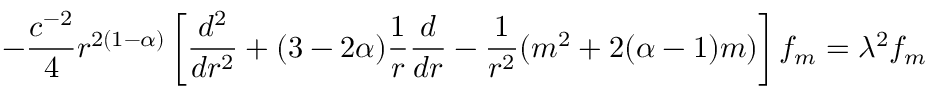
- \frac { c ^ { - 2 } } { 4 } r ^ { 2 ( 1 - \alpha ) } \left[ \frac { d ^ { 2 } } { d r ^ { 2 } } + ( 3 - 2 \alpha ) \frac { 1 } { r } \frac { d } { d r } - \frac { 1 } { r ^ { 2 } } ( m ^ { 2 } + 2 ( \alpha - 1 ) m ) \right] f _ { m } = \lambda ^ { 2 } f _ { m }